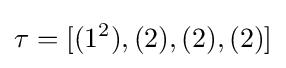
\tau =[(1^{2}),(2),(2),(2)]